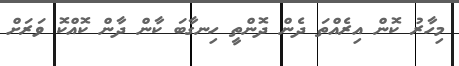
މިހާރު ކޮން އިރެއްތަ ދެން ދޮންތީ ހިނގާބަ ކާން ދާން ކޮއްކޮ ވަރަށް